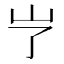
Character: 𱛆